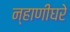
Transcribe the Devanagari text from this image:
न्हाणीघरे